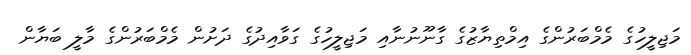
މަޖިލީހުގެ މެމްބަރުންގެ އިމްތިޔާޒުގެ ގާނޫނުނާއި މަޖިލީހުގެ ގަވާއިދުގެ ދަށުން މެމްބަރުންގެ މާލީ ބަޔާން